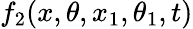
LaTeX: f_{2}(x,\theta,x_{1},\theta_{1},t)